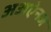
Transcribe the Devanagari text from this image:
अअऐनज